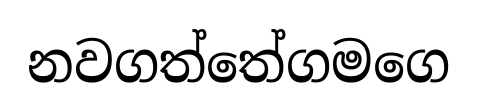
නවගත්තේගමගෙ